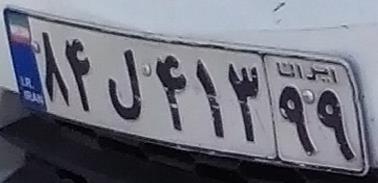
۸۴ل۴۱۳۹۹